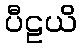
ပီဠယိ